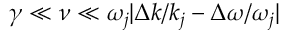
\gamma \ll \nu \ll \omega _ { j } | \Delta k / k _ { j } - \Delta \omega / \omega _ { j } |